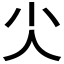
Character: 𰍩